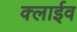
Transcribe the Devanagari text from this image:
क्लाईव